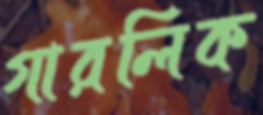
গারলিক